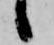
候